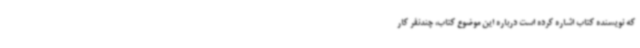
که نویسنده کتاب اشاره کرده است درباره این موضوع کتاب، چندنفر کار